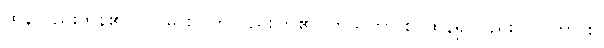
ထွန်လည်းထွန်၏။ ဝပါမိ စ၊ ကြဲလည်းကြဲ၏။ ကသိတွာ စ၊ ထွန်၍လည်း။ ဝပိတွာ စ၊